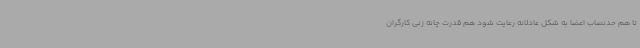
تا هم حدنصاب اعضا به شکل عادلانه رعایت شود هم قدرت چانه زنی کارگران